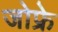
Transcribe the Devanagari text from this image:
जोफ्रे